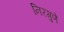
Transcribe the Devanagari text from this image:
निरगुणे